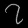
Digit: ၇